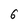
Character: 6